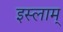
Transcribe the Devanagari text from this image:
इस्लाम्